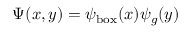
\Psi ( x , y ) = \psi _ { \mathrm { { b o x } } } ( x ) \psi _ { g } ( y )